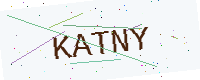
Text: KATNY